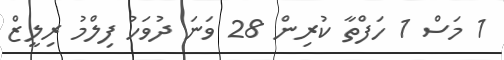
1 މަސް 1 ހަފްތާ ކުރިން 28 ވަނަ ދުވަހު ފިލްމު ރިލީޒް